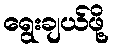
ရွေးချယ်ဖို့